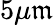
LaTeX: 5\mu\mathfrak{m}